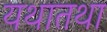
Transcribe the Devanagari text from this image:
यथातथा